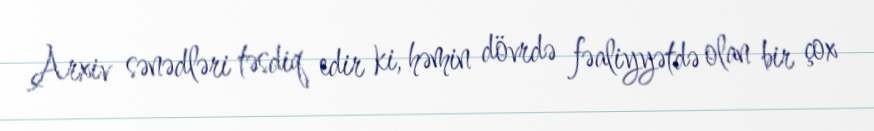
Arxiv sənədləri təsdiq edir ki, həmin dövrdə fəaliyyətdə olan bir çox